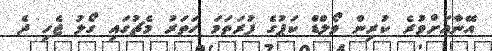
އޭނާއަށްވުރެ ކުރިން ވޯލްޑް ކަޕުގެ ފުރަތަމަ ހަތަރު މެޗުގައި ގޯލު ޖެހި ދެ